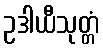
ဥဒါယီသုတ္တံ